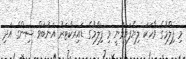
މި ފިލްމުގެ ވާހަކަ ލިޔެފައިވަނީ މި ފިލްމުގެ ޑައިރކްޓަރު އަނުބަވް ސިންގް އަދި